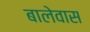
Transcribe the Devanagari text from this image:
बालेवास